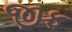
જીફ